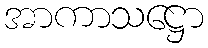
အာကာသဋ္ဌော